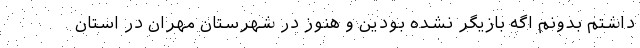
داشتم بدونم اگه بازیگر نشده بودین و هنوز در شهرستان مهران در استان